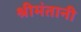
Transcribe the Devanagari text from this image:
श्रीमंतानी